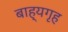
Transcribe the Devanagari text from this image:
बाह्यगृह